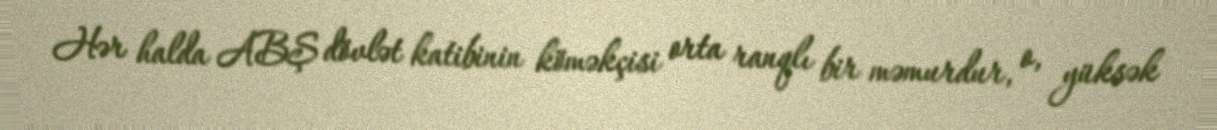
Hər halda ABŞ dövlət katibinin köməkçisi orta ranqlı bir məmurdur, o, yüksək